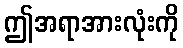
ဤအရာအားလုံးကို